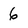
Character: 6